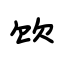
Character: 饮